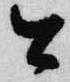
公